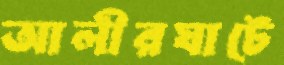
আলীরঘাটে